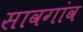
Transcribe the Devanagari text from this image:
सावगांव